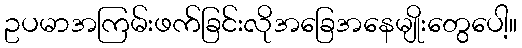
ဥပမာအကြမ်းဖက်ခြင်းလိုအခြေအနေမျိုးတွေပေါ့။